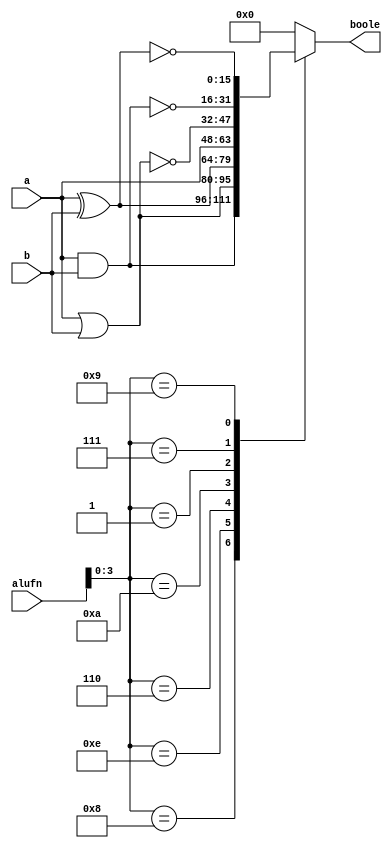
/*
   This file was generated automatically by the Mojo IDE version B1.3.6.
   Do not edit this file directly. Instead edit the original Lucid source.
   This is a temporary file and any changes made to it will be destroyed.
*/

module boolean_10 (
    input [5:0] alufn,
    input [15:0] a,
    input [15:0] b,
    output reg [15:0] boole
  );
  
  
  
  always @* begin
    
    case (alufn[0+3-:4])
      4'h8: begin
        boole = a & b;
      end
      4'he: begin
        boole = a | b;
      end
      4'h6: begin
        boole = a ^ b;
      end
      4'ha: begin
        boole = a;
      end
      4'h1: begin
        boole = ~(a | b);
      end
      4'h7: begin
        boole = ~(a & b);
      end
      4'h9: begin
        boole = ~(a ^ b);
      end
      default: begin
        boole = 1'h0;
      end
    endcase
  end
endmodule